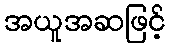
အယူအဆဖြင့်